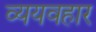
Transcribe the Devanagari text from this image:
व्ययवहार